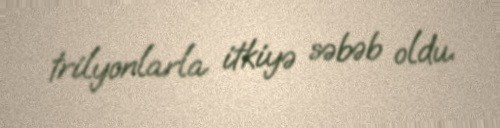
trilyonlarla itkiyə səbəb oldu.